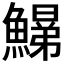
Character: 𩻋